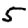
Digit: 5